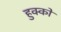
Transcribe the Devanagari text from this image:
हुक्‍कों